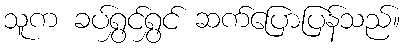
သူက ခပ်ရွှင်ရွှင် ဆက်ပြောပြန်သည်။